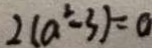
2 ( a ^ { 2 } - 3 ) = 0